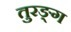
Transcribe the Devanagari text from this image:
तुरङ्ग